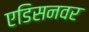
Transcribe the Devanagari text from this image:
एडिसनवर